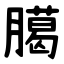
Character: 臈